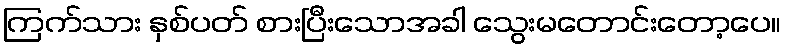
ကြက်သား နှစ်ပတ် စားပြီးသောအခါ သွေးမတောင်းတော့ပေ။